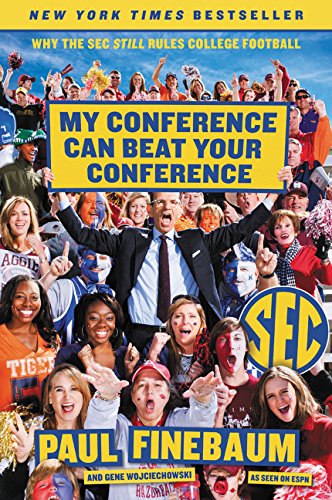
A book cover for My Conference Can Beat Your Conference: Why the SEC Still Rules College Football; Paul Finebaum; Biographies & Memoirs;